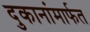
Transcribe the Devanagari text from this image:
दुकानांमार्फत